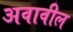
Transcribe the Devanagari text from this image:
अवावील